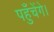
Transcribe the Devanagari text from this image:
पहुँचेंगे।